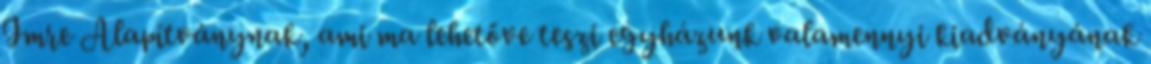
Imre Alapítványnak, ami ma lehetőve teszi egyházunk valamennyi kiadványának